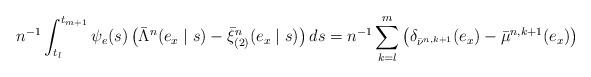
LaTeX: \begin{align*}n^{-1} \int_{t_l}^{t_{m+1}} \psi_e(s) \left( \bar \Lambda^n (e_x \mid s) - \bar \xi^n_{(2)}(e_x \mid s) \right) ds &= n^{-1} \sum\limits_{k=l}^{m} \left( \delta_{ \bar \nu^{n,k+1}}(e_x) - \bar \mu^{n, k+1} (e_x) \right)\end{align*}